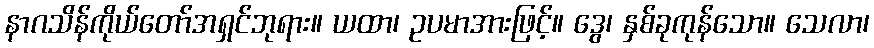
နာဂသိန်ကိုယ်တော်အရှင်ဘုရား။ ယထာ၊ ဥပမာအားဖြင့်။ ဒွေ၊ နှစ်ခုကုန်သော။ သေလာ၊